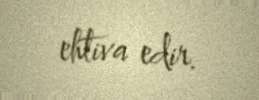
ehtiva edir.